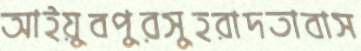
আইয়ুবপুরসুহরাদতাবাস